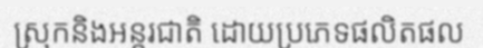
ស្រុកនិងអន្តរជាតិ ដោយប្រភេទផលិតផល